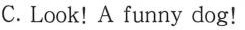
C. Look!A funny dog!